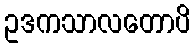
ဥဒကသာလတောပိ